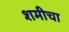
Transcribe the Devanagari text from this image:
शमीचा